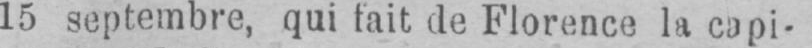
15 septembre, qui fait de Florence la capi-